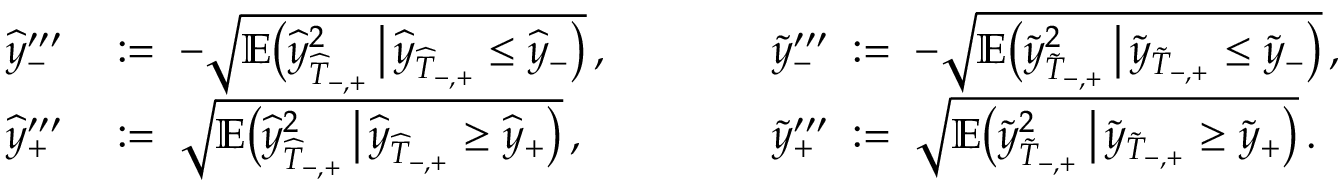
\begin{array} { r l r l } { \widehat { y } _ { - } ^ { \prime \prime \prime } } & { \; : = \; - \sqrt { \mathbb { E } \big ( \widehat { y } _ { \widehat { T } _ { - , + } } ^ { 2 } \, \big | \, \widehat { y } _ { \widehat { T } _ { - , + } } \leq \widehat { y } _ { - } \big ) } \, , } & { \qquad } & { \widetilde { y } _ { - } ^ { \prime \prime \prime } \; : = \; - \sqrt { \mathbb { E } \big ( \widetilde { y } _ { \widetilde { T } _ { - , + } } ^ { 2 } \, \big | \, \widetilde { y } _ { \widetilde { T } _ { - , + } } \leq \widetilde { y } _ { - } \big ) } \, , } \\ { \widehat { y } _ { + } ^ { \prime \prime \prime } } & { \; : = \; \sqrt { \mathbb { E } \big ( \widehat { y } _ { \widehat { T } _ { - , + } } ^ { 2 } \, \big | \, \widehat { y } _ { \widehat { T } _ { - , + } } \geq \widehat { y } _ { + } \big ) } \, , } & { \qquad } & { \widetilde { y } _ { + } ^ { \prime \prime \prime } \; : = \; \sqrt { \mathbb { E } \big ( \widetilde { y } _ { \widetilde { T } _ { - , + } } ^ { 2 } \, \big | \, \widetilde { y } _ { \widetilde { T } _ { - , + } } \geq \widetilde { y } _ { + } \big ) } \, . } \end{array}